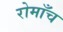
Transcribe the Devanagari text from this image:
रोमाँच